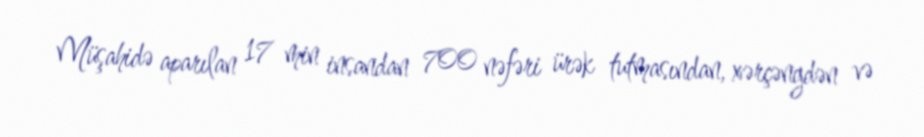
Müşahidə aparılan 17 min insandan 700 nəfəri ürək tutmasından, xərçəngdən və